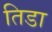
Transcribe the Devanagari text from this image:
तिडा